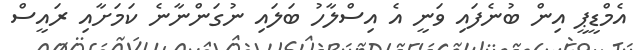
އެމްޑީޕީ އިން ބުނެފައި ވަނީ އެ އިސްލާހު ބަލައި ނުގަންނާނެ ކަމަށާއި ރައީސް